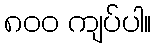
၈၀၀ ကျပ်ပါ။